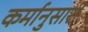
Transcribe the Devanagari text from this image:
कर्मानुसारी